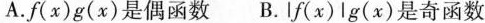
A.f\begin{pmatrix} x \end{pmatrix} g\begin{pmatrix} x \end{pmatrix} 是偶函数 B.\begin{vmatrix} f\begin{pmatrix} x \end{pmatrix} \end{vmatrix} g\begin{pmatrix} x \end{pmatrix} 是奇函数